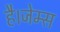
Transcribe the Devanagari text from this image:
है।जेम्स